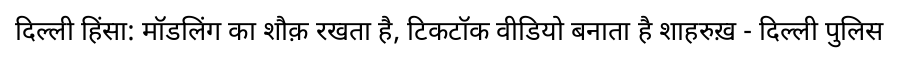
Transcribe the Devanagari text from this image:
दिल्ली हिंसा: मॉडलिंग का शौक़ रखता है, टिकटॉक वीडियो बनाता है शाहरुख़ - दिल्ली पुलिस